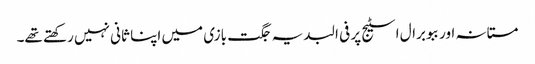
مستانہ اور ببو برال اسٹیج پر فی البدیہ جگت بازی میں اپنا ثانی نہیں رکھتے تھے۔